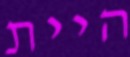
היית